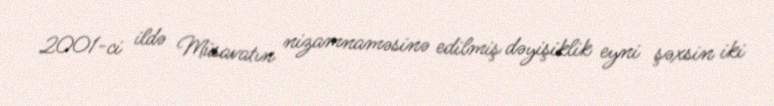
2001-ci ildə Müsavatın nizamnaməsinə edilmiş dəyişiklik eyni şəxsin iki